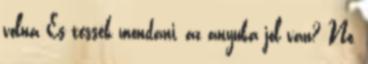
volna És tessék mondani, az anyuka jól van? No,